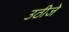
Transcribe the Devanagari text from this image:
उठीजे